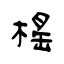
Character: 榣